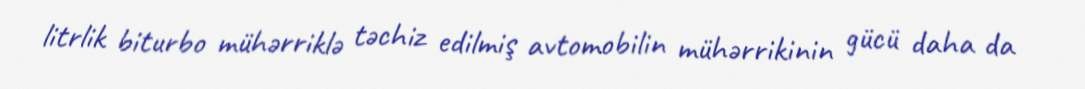
litrlik biturbo mühərriklə təchiz edilmiş avtomobilin mühərrikinin gücü daha da